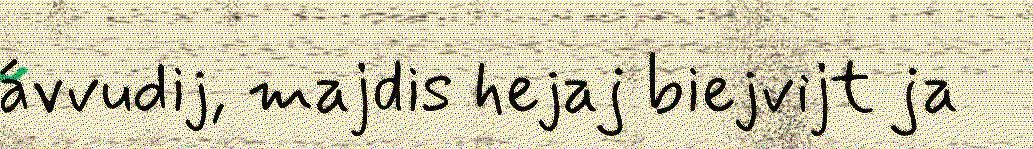
ávvudij, majdis hejaj biejvijt ja